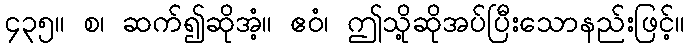
၄၃၅။ စ၊ ဆက်၍ဆိုအံ့။ ဧဝံ၊ ဤသို့ဆိုအပ်ပြီးသောနည်းဖြင့်။